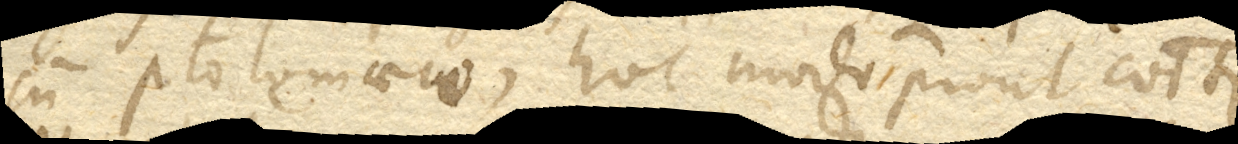
cum Ptolemaeo , hoc modo prout communiter